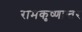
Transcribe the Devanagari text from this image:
रामकृष्णान्तर